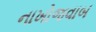
નાખોજવાબ